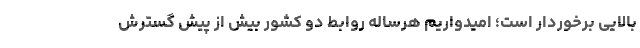
بالایی برخوردار است؛ امیدواریم هرساله روابط دو کشور بیش از پیش گسترش